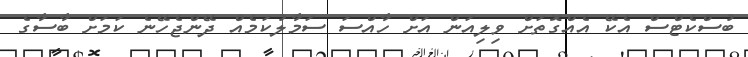
ބުސްކެޓްސް އެކޭ އެއްގޮތަށް ވިލިއަން އަށް ހާއްސަ ސަމާލުކަމެއް ދޭންޖެހޭނެ ކަމަށް ބާސާގެ